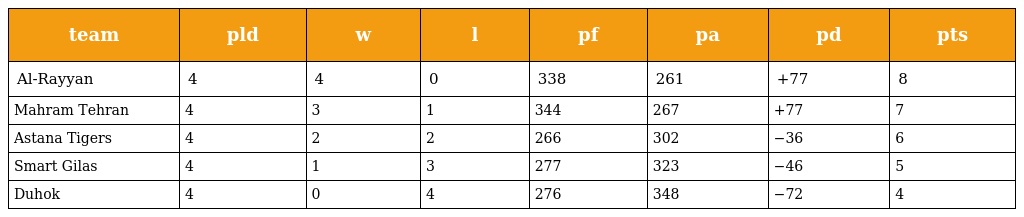
| team | pld | w | l | pf | pa | pd | pts |
 | --- | --- | --- | --- | --- | --- | --- | --- |
 | Al-Rayyan | 4 | 4 | 0 | 338 | 261 | +77 | 8 |
 | Mahram Tehran | 4 | 3 | 1 | 344 | 267 | +77 | 7 |
 | Astana Tigers | 4 | 2 | 2 | 266 | 302 | −36 | 6 |
 | Smart Gilas | 4 | 1 | 3 | 277 | 323 | −46 | 5 |
 | Duhok | 4 | 0 | 4 | 276 | 348 | −72 | 4 |